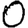
Digit: 0